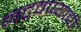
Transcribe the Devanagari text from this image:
नटवण्याची